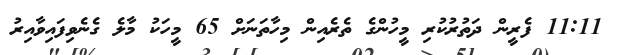
11:11 ފެރީން ދަތުރުކުރި މީހުންގެ ތެރެއިން މިހާތަނަށް 65 މީހަކު މާލެ ގެނެވިފައިވާއިރު